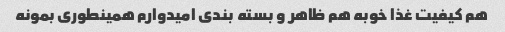
هم کیفیت غذا خوبه هم ظاهر و بسته بندی امیدوارم همینطوری بمونه